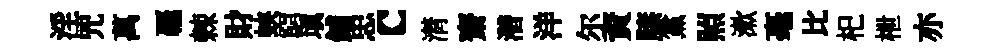
淫咒萬覊棘財蛺窮填鋪忠c潸齋濳洋尔資膝黨照漱毫比𣏌枻亦